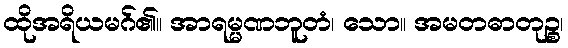
ထိုအရိယမဂ်၏။ အာရမ္မဏဘူတံ၊ သော။ အမတဓာတုဉ္စ၊